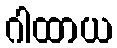
ဂါထာယ